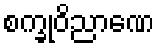
စက္ခုဝိညာဏေ